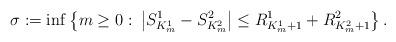
LaTeX: \begin{align*}\sigma := \inf \big\{ m \geq 0: \: \big|S^1_{K_m^1} - S^2_{K_m^2}\big| \leq R^1_{K_m^1+1} + R^2_{K_m^2+1} \big \} \,. \end{align*}